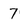
Character: 7